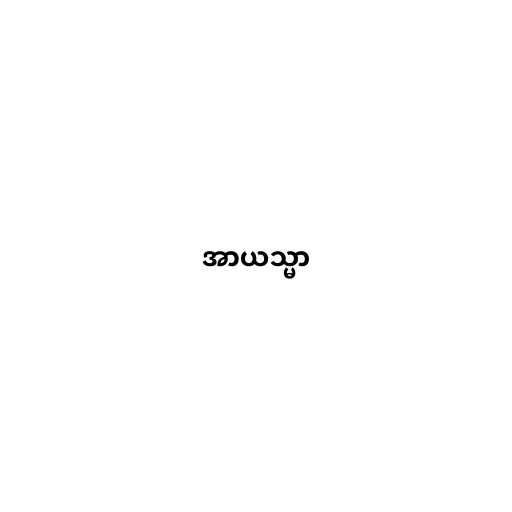
အာယသ္မာ